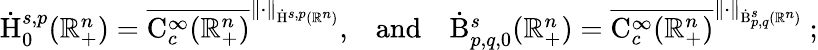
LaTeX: \begin{array}{r}{\dot{\mathrm{H}}_{0}^{s,p}(\mathbb{R}_{+}^{n})=\overline{{\mathrm{C}_{c}^{\infty}(\mathbb{R}_{+}^{n})}}^{\lVert\cdot\rVert_{\dot{\mathrm{H}}^{s,p}(\mathbb{R}^{n})}}\mathrm{,}\quad\mathrm{and}\quad\dot{\mathrm{B}}_{p,q,0}^{s}(\mathbb{R}_{+}^{n})=\overline{{\mathrm{C}_{c}^{\infty}(\mathbb{R}_{+}^{n})}}^{\lVert\cdot\rVert_{\dot{\mathrm{B}}_{p,q}^{s}(\mathbb{R}^{n})}}\mathrm{~;}}\end{array}